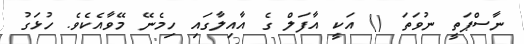
ނާސްޕަތީ ނުވަތަ () އަކީ އާފަލް ގެ އާއިލާގައި ހިމެނޭ މޭވާއެކެވެ. ހުޅަގު